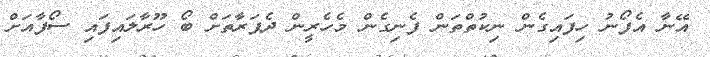
އޭނާ އެފޯނު ހިފައިގެން ނިކުތްތަން ފެނިގެން މެހެރީން ދެފަރާތަށް ބޯ ހޫރާލައިފައި ސޯފާއަށް